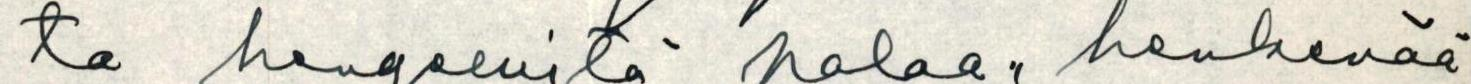
ta hengellistä palaa ,,henkevää